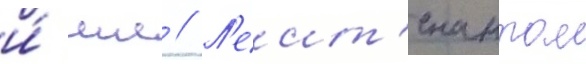
и́ мл // Л'еит'енантом